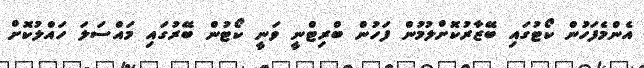
އެންމެފަހުން ކޯޓުގައި ބޭޒާރުކޮށްލުމުން ފަހުން ބްރިޓްނީ ވަނީ ކޯޓުން ބޭރުގައި މައްސަލަ ހައްލުކޮށް